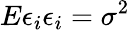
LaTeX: E\epsilon_{i}\epsilon_{i}=\sigma^{2}